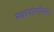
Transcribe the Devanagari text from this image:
स्थानांतरित।